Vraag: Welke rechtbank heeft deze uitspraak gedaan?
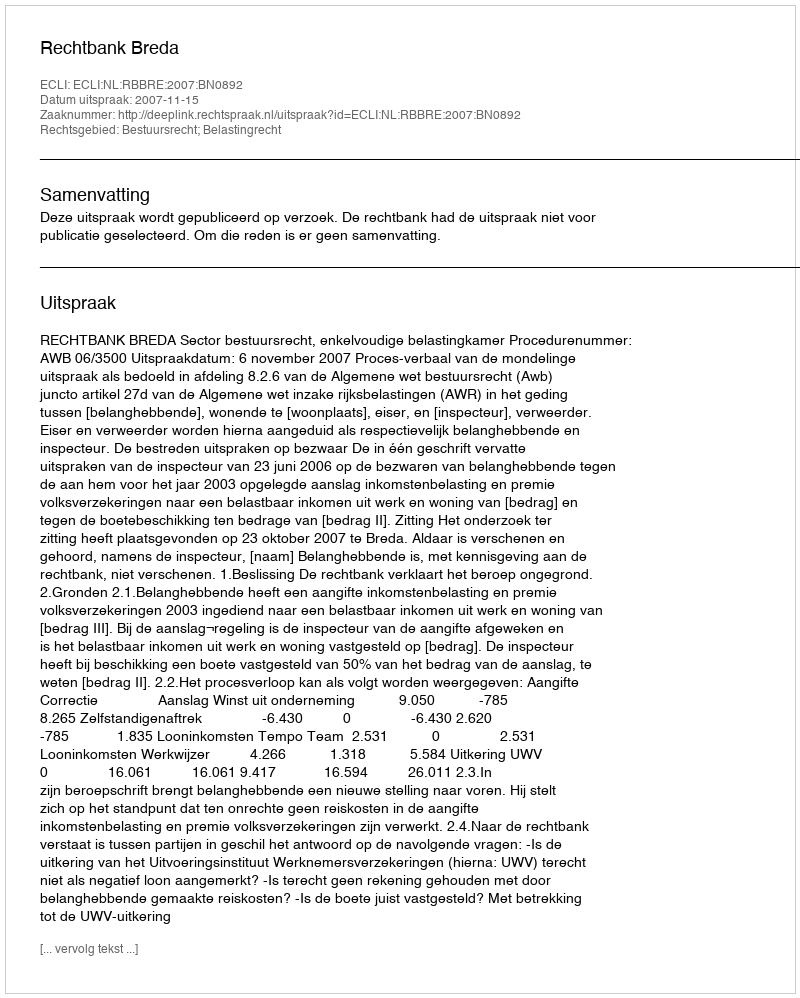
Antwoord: Rechtbank Breda